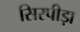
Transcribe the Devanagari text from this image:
सिरपीड़ा